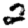
Digit: 2